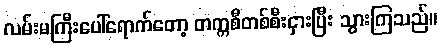
လမ်းမကြီးပေါ်ရောက်တော့ တက္ကစီတစ်စီးငှားပြီး သွားကြသည်။